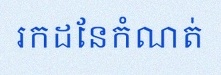
រកដែនកំណត់